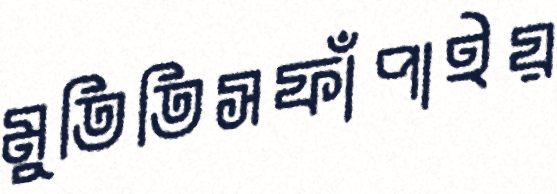
মুতিতিসফাঁপাইয়